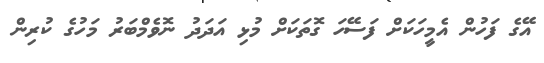
އޭގެ ފަހުން އެމީހަކަށް ފަސޭހަ ގޮތަކަށް މުޅި އަދަދު ނޮވެމްބަރު މަހުގެ ކުރިން